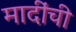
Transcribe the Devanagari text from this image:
मादींची